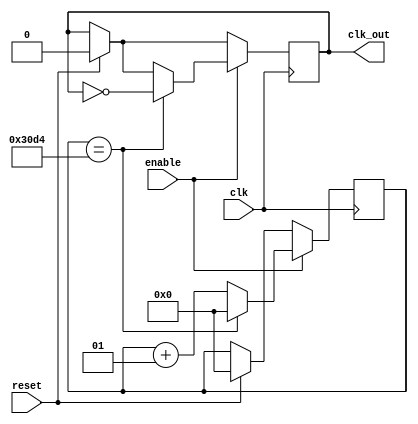
`timescale 1ns / 1ps
//////////////////////////////////////////////////////////////////////////////////
// Company: 
// Engineer: 
// 
// Design Name: 
// Module Name: tick_music
// Project Name: 
// Target Devices: 
// Tool Versions: 
// Description: 
// 
// Dependencies: 
// 
// Revision:
// Revision 0.01 - File Created
// Additional Comments:
// 
//////////////////////////////////////////////////////////////////////////////////


module tick_music(
input clk,
input enable,
input reset,
output reg clk_out
    );
    integer count =0;
    always @ (posedge clk) begin
    if (reset) begin
                clk_out <= 0;
                count <=0;
             end
             
             if (enable) begin
                       if (count == 12500) begin
                           clk_out <= ~clk_out;
                           count <= 0;
                       end
                       else
                           count <= count + 1;
                   end
      end
endmodule